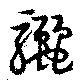
驪